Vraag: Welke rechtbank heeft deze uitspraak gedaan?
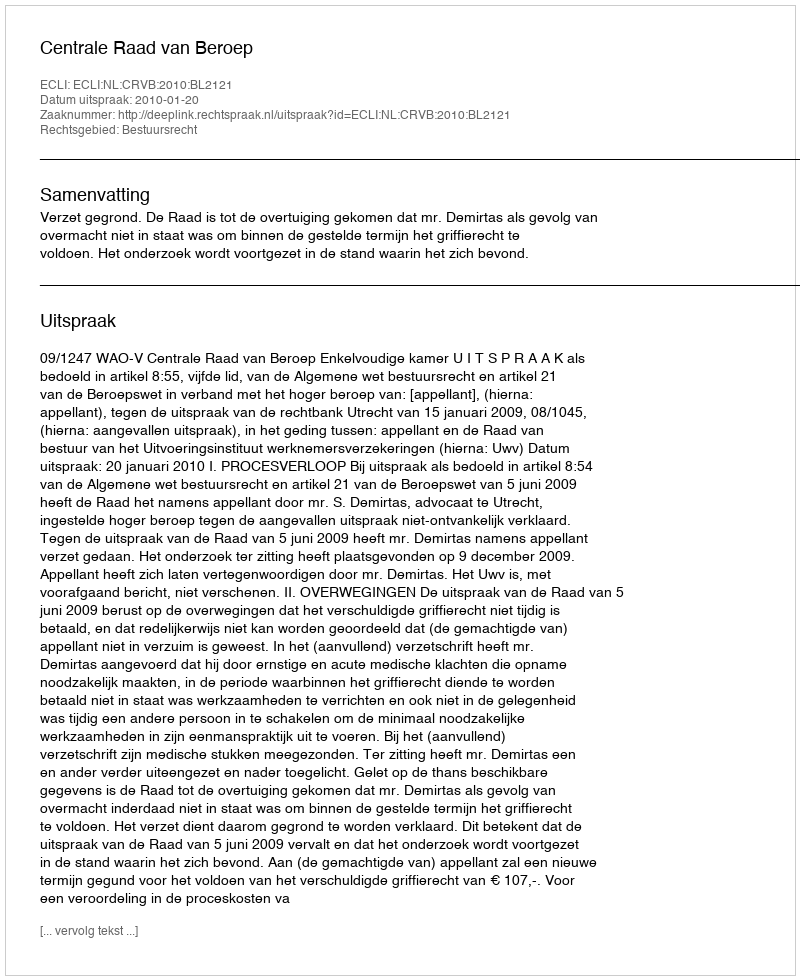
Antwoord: Centrale Raad van Beroep